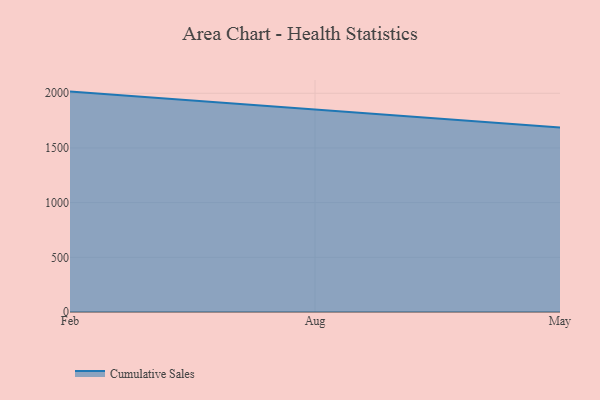
{"axis": {"x": "Month", "y": "Conversion Rate (%)"}, "legend": ["Cumulative Sales"], "data": [{"x": "Feb", "y": 2015.3, "type": "Cumulative Sales"}, {"x": "Aug", "y": 1852.8, "type": "Cumulative Sales"}, {"x": "May", "y": 1687.1, "type": "Cumulative Sales"}]}